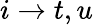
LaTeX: i\rightarrow t,u